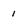
Character: 1